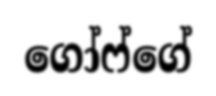
ගෝෆ්ගේ